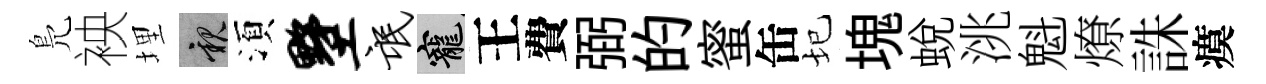
鳬䘧埋親湏墅氓寵王費弼的蜜缶圮塊蛻洮魁燎誅瘼